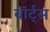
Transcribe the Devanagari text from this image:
वॉर्ट्स